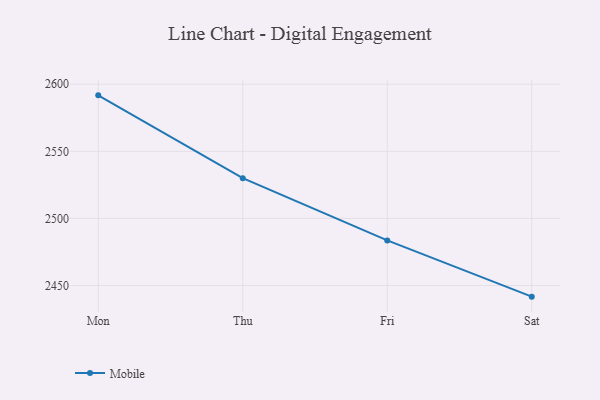
{"axis": {"x": "Day", "y": "Backlog"}, "legend": ["Mobile"], "data": [{"x": "Mon", "y": 2591.7, "type": "Mobile"}, {"x": "Thu", "y": 2530.0, "type": "Mobile"}, {"x": "Fri", "y": 2483.6, "type": "Mobile"}, {"x": "Sat", "y": 2441.7, "type": "Mobile"}]}